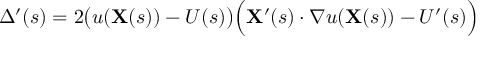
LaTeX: \Delta ^ { \prime } ( s ) = 2 { \big ( } u ( \mathbf { X } ( s ) ) - U ( s ) { \big ) } { \Big ( } \mathbf { X } ^ { \prime } ( s ) \cdot \nabla u ( \mathbf { X } ( s ) ) - U ^ { \prime } ( s ) { \Big ) }